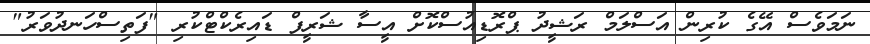
ނަމަވެސް އޭގެ ކުރިން އަސްލަމް ރަޝީދު ޕްރޮޑިއުސްކޮށް އީސާ ޝަރީފް ޑައިރެކްޓްކުރި "ފަތިސްހަނދުވަރު"